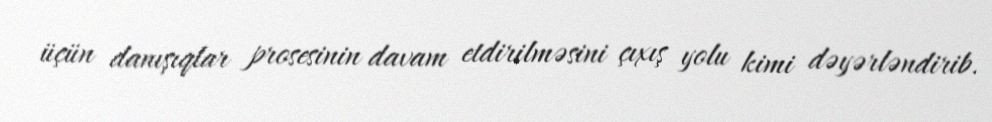
üçün danışıqlar prosesinin davam etdirilməsini çıxış yolu kimi dəyərləndirib.